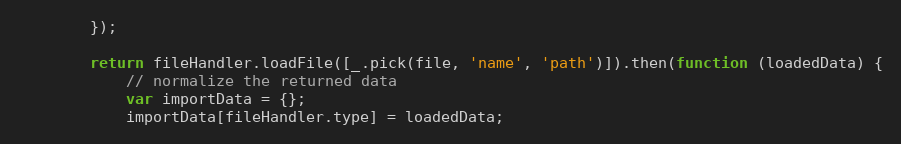
Language: JavaScript
        });

        return fileHandler.loadFile([_.pick(file, 'name', 'path')]).then(function (loadedData) {
            // normalize the returned data
            var importData = {};
            importData[fileHandler.type] = loadedData;